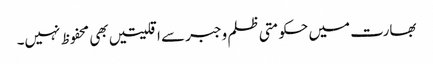
بھارت میں حکومتی ظلم وجبرسے اقلیتیں بھی محفوظ نہیں۔